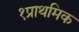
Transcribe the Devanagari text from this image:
१प्राथमिक